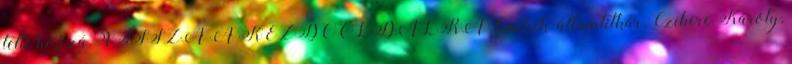
tette hozzá. VISSZA A KEZDŐOLDALRA Címkék: államtitkár, Czibere Károly,